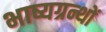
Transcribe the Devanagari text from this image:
भाष्यग्रन्थों